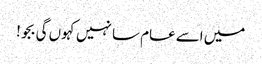
میں اسے عام سا نہیں کہوں گی بجو!